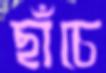
ছাঁচে